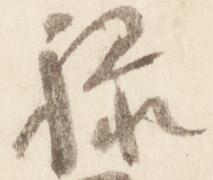
禄